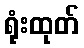
ရုံးထုတ်